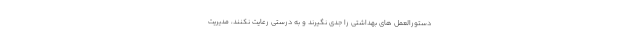
دستورالعمل های بهداشتی را جدی نگیرند و به درستی رعایت نکنند، مدیریت